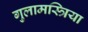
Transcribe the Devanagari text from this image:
गुलामस्त्रिया